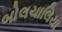
બોલચાલિયા